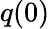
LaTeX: q(0)